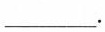
___.